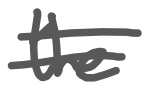
Text: the
Cross-out: double-line
Writing tool: digital_gray